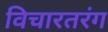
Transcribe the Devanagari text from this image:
विचारतरंग